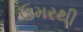
ઉમરથી